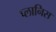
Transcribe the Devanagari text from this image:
प्लानिस